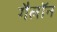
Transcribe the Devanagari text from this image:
गैलॉन